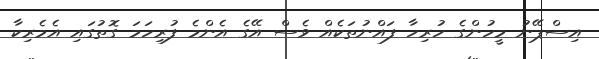
އިސްޕޭނު މީހުންގެ ހުރިހާ ފައްނުތަކެއް ވެސް އޭގެ އެންމެ ފުރިހަމަ ގޮތުގައި އެމެރިކާ